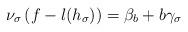
LaTeX: \begin{align*}\nu_\sigma\left(f-l(h_\sigma)\right)=\beta_b+b\gamma_\sigma\end{align*}